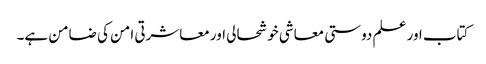
کتاب اور علم دوستی معاشی خوشحالی اور معاشرتی امن کی ضامن ہے۔